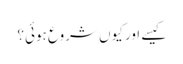
کیسے اور کیوں شروع ہوئی؟